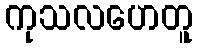
ကုသလဟေတူ